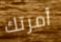
أمرتك